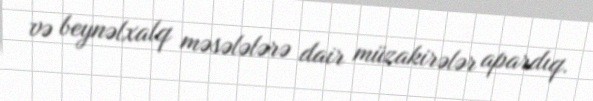
və beynəlxalq məsələlərə dair müzakirələr apardıq.